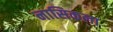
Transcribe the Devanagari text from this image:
नासिकला